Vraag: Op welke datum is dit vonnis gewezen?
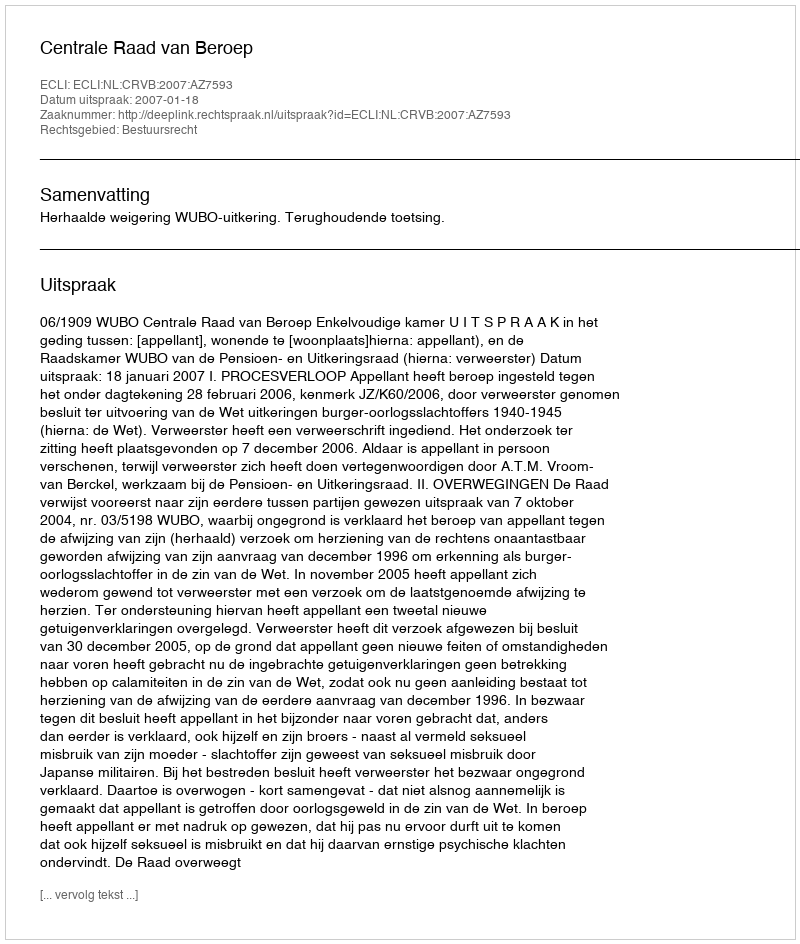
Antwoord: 2007-01-18